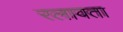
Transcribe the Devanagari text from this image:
रलावता